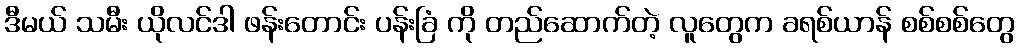
ဒီမယ် သမီး ယိုလင်ဒါ ဖန်းတောင်း ပန်းခြံ ကို တည်ဆောက်တဲ့ လူတွေက ခရစ်ယာန် စစ်စစ်တွေ